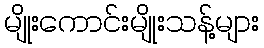
မျိုးကောင်းမျိုးသန့်များ